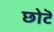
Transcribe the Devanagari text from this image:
छोटॆ